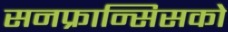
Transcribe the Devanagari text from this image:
सनफ्रान्सिसको